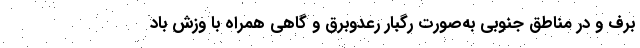
برف و در مناطق جنوبی به‌صورت رگبار رعدوبرق و گاهی همراه با وزش باد